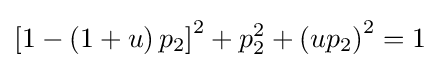
\left[1-\left(1+u\right)p_{2}\right]^{2}+p_{2}^{2}+\left(up_{2}\right)^{2}=1